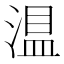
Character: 𱧴